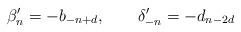
\begin{align*}\beta'_n =-b_{-n+d},\qquad \delta'_{-n} = -d_{n-2d}\end{align*}